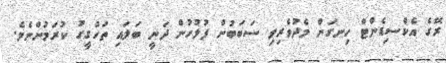
ރޭގެ އެކްސިޑެންޓް ހިނގަން މެދުވެރިވި ސަބަބުން ފުލުހުން ދަނީ ބަލައި ތަހުގީގު ކުރަމުންނެވެ.